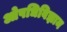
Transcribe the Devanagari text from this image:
ओषधिविज्ञान